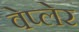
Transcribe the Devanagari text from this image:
वेप्लेर